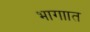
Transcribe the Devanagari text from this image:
भागाात